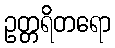
ဥတ္တရိတရော